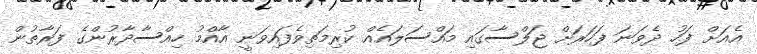
އެއަށް ފަހު ދެވަނަ ފަހަރަށް ޖަލްސާގައި މައްސަލައެއް ކުރިމަތިވެފައިވަނީ އާއްމު ހިއްސާދާރުންގެ ފަރާތުން